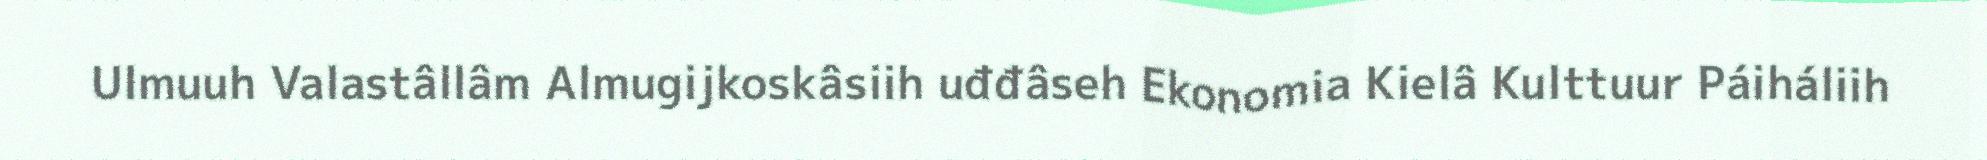
Ulmuuh Valastâllâm Almugijkoskâsiih uđđâseh Ekonomia Kielâ Kulttuur Páiháliih